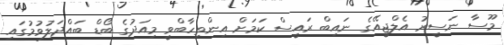
މޫސާ ނަސީރު އެލްޖީއޭގެ ނައިބް ރައީސް ކަމަށް އިންތިހާބްވީ މިއަދުގެ ބޯޑް ބައްދަލުވުމުގައި